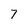
Character: 7